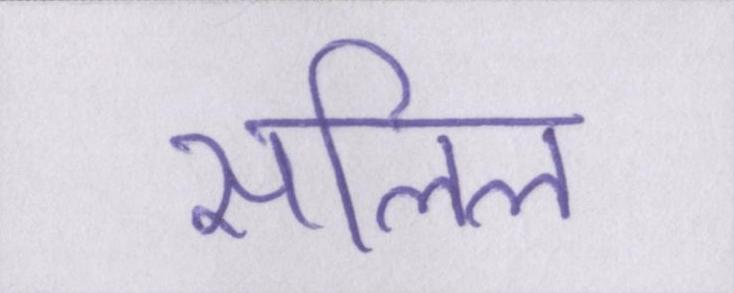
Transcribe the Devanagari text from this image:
सलिल